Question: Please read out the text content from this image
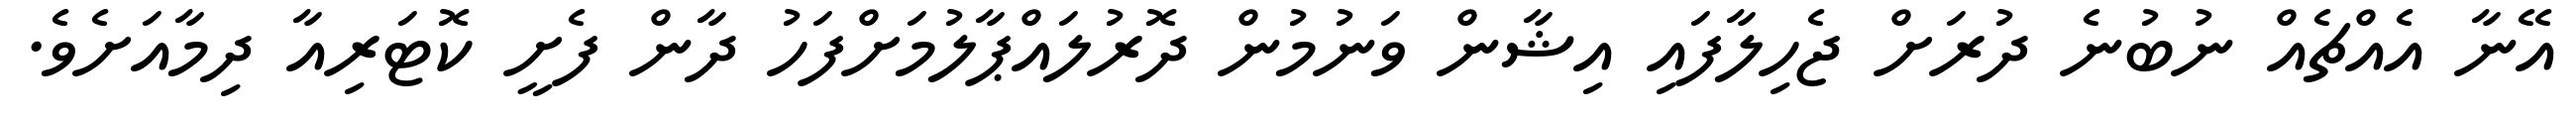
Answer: އޭނާ އެއްޗެއް ނުބުނެ ދުރަށް ޖެހިލާފައި އިޝާން ވަނުމުން ދޮރުލައްޕާލުމަށްފަހު ދާން ފެށީ ކޮޓަރިއާ ދިމާއަށެވެ.